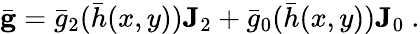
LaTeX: \bar{\mathbf{g}}=\bar{g}_{2}(\bar{h}(x,y))\mathbf{J}_{2}+\bar{g}_{0}(\bar{h}(x,y))\mathbf{J}_{0}~.